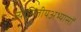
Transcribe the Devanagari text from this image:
ज्यामितीयअभ्यासों